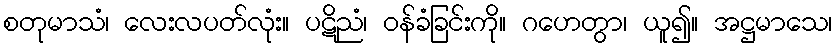
စတုမာသံ၊ လေးလပတ်လုံး။ ပဋိညံ၊ ဝန်ခံခြင်းကို။ ဂဟေတွာ၊ ယူ၍။ အဋ္ဌမာသေ၊